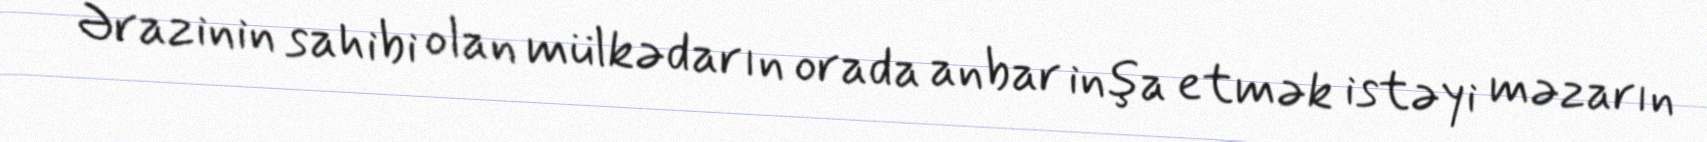
Ərazinin sahibi olan mülkədarın orada anbar inşa etmək istəyi məzarın